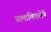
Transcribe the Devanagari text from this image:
प्रामाणिकतेने